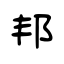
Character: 邦